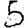
Digit: 5